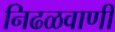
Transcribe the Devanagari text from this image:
निढळवाणी